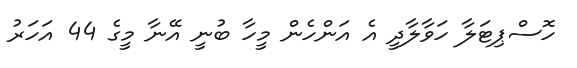
ހޮސްޕިޓަލާ ހަވާލާދީ އެ އަންހެން މީހާ ބުނީ އޭނާ މީގެ 44 އަހަރު